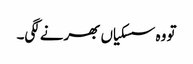
تو وہ سسکیاں بھرنے لگی۔